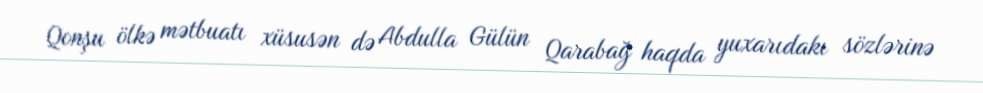
Qonşu ölkə mətbuatı xüsusən də Abdulla Gülün Qarabağ haqda yuxarıdakı sözlərinə